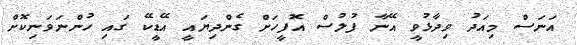
އަނަސް މިއަދު ވިދާޅުވީ އޭނާ ފުލުސް އޮފީހަށް ގެންދިޔައީ އޭޑީކޭ ގައި ހުންނަވަނިކޮށް